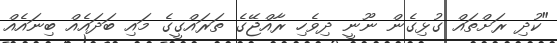
"ކުދި ރަށްތައް ގުޅިގެން ނޫނީ ދިވެހި ރާއްޖޭގެ ތަރައްގީގެ މައި ބަދައެއް ބިނައެއް